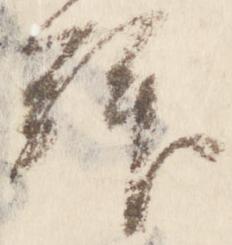
拝